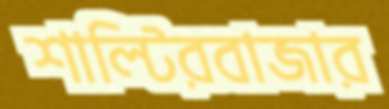
শাল্টিরবাজার